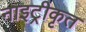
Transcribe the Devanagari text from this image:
नाइट्रीकृत